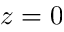
z = 0